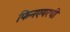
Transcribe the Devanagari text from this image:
फिनएयरची